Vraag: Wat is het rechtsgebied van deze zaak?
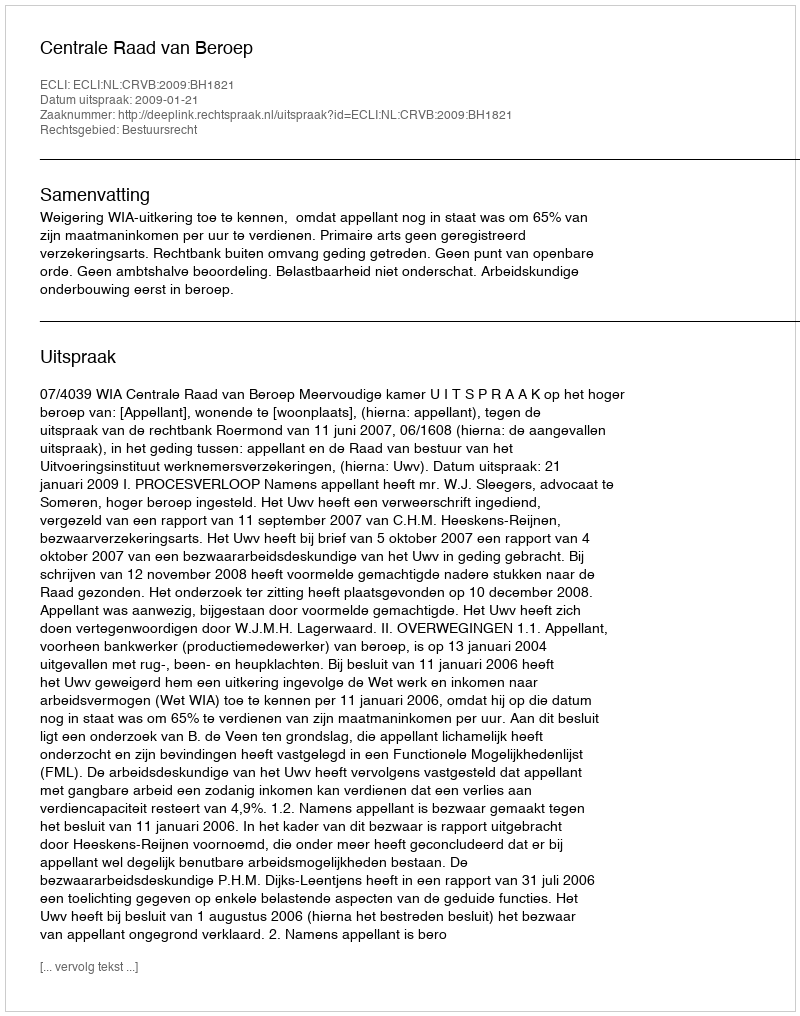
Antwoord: Bestuursrecht